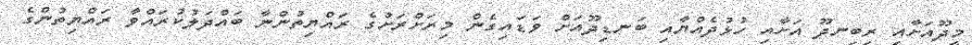
މީދޫއަށާއި ރިބިނދޫ އަށާއި ހުޅުދެއްޔާއި ބަނޑިދޫއަށް ވަޑައިގެން މިރަށްރަށުގެ ރައްޔިތުންނާ ބައްދަލުކުރައްވާ ރައްޔިތުންގެ